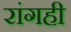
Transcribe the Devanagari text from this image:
रांगही